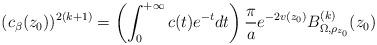
LaTeX: \begin{align*}(c_{\beta}(z_0))^{2(k+1)}=\left(\int_0^{+\infty}c(t)e^{-t}dt\right)\frac{\pi }{a}e^{-2v(z_0)}B_{\Omega,\rho_{z_0}}^{(k)}(z_0)\end{align*}